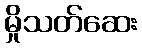
မှိုသတ်ဆေး